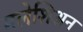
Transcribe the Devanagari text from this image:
मलेशिअन